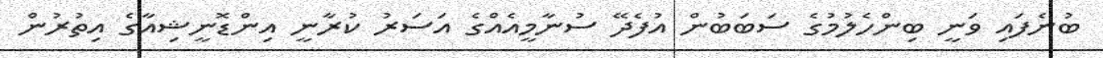
ބުނެފައި ވަނީ ބިންހެލުމުގެ ސަބަބުން އުފެދޭ ސުނާމީއެއްގެ އަސަރު ކުރާނީ އިންޑޮނީޝިއާގެ އިތުރުން